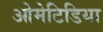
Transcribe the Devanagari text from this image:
ओमेटिडिया